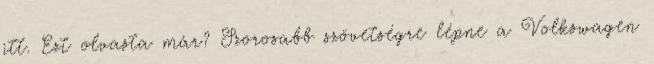
itt. Ezt olvasta már? Szorosabb szövetségre lépne a Volkswagen